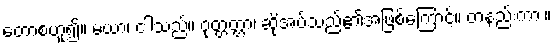
တောစဟူ၍။ မယာ၊ ငါသည်။ ဝုတ္တတ္တာ၊ ဆိုအပ်သည်၏အဖြစ်ကြောင့်။ တနည်းကား။